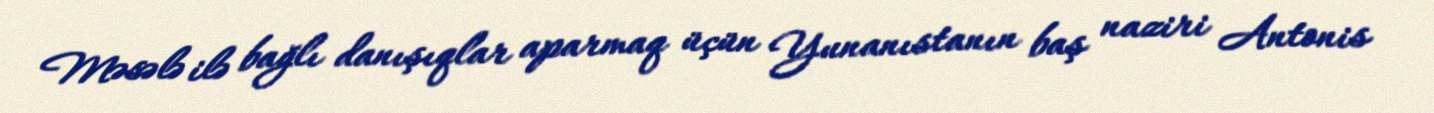
Məsələ ilə bağlı danışıqlar aparmaq üçün Yunanıstanın baş naziri Antonis